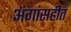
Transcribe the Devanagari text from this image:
अंगांसहीत